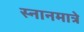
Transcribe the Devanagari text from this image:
स्नानमात्रे